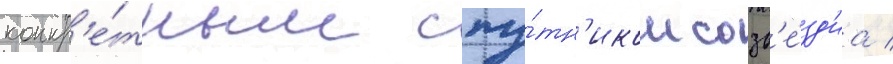
конкр'е́тным спу́тн'иком созв'е́зд'иа /